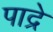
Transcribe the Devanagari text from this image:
पाद्रे